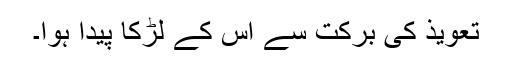
تعویذ کی برکت سے اس کے لڑکا پیدا ہوا۔